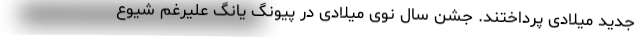
جدید میلادی پرداختند. جشن‌ سال نوی میلادی در پیونگ یانگ علیرغم شیوع